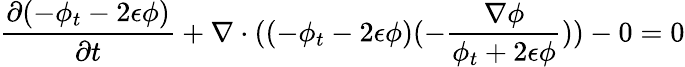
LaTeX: \frac{\partial(-\phi_{t}-2\epsilon\phi)}{\partial t}+\nabla\cdot((-\phi_{t}-2\epsilon\phi)(-\frac{\nabla\phi}{\phi_{t}+2\epsilon\phi}))-0=0